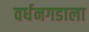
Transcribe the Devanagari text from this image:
वर्धनगडाला